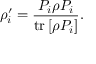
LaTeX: \rho _ { i } ^ { \prime } = { \frac { P _ { i } \rho P _ { i } } { \operatorname { t r } \left[ \rho P _ { i } \right] } } .